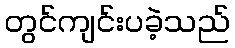
တွင်ကျင်းပခဲ့သည်